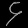
Digit: ၄